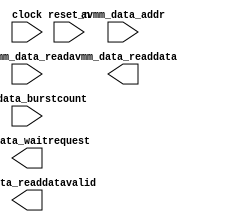

module ULA_UFM (
	clock,
	avmm_data_addr,
	avmm_data_read,
	avmm_data_readdata,
	avmm_data_waitrequest,
	avmm_data_readdatavalid,
	avmm_data_burstcount,
	reset_n);	

	input		clock;
	input	[16:0]	avmm_data_addr;
	input		avmm_data_read;
	output	[31:0]	avmm_data_readdata;
	output		avmm_data_waitrequest;
	output		avmm_data_readdatavalid;
	input	[1:0]	avmm_data_burstcount;
	input		reset_n;
endmodule